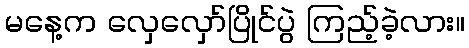
မနေ့က လှေလှော်ပြိုင်ပွဲ ကြည့်ခဲ့လား။